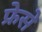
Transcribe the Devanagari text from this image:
फ्रेसे